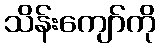
သိန်းကျော်ကို